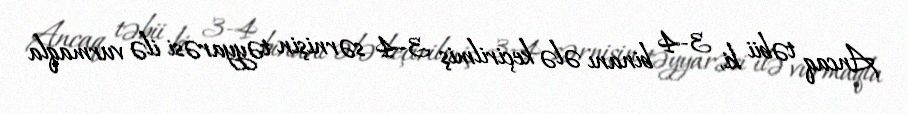
Ancaq təbii ki, 3-4 binanı ələ keçirilmiş 3-4 sərnişin təyyarəsi ilə vurmaqla